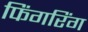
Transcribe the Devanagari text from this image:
फिंगरिंग